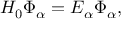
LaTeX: H _ { 0 } \Phi _ { \alpha } = E _ { \alpha } \Phi _ { \alpha } ,